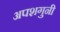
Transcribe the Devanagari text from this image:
अपशगुनी